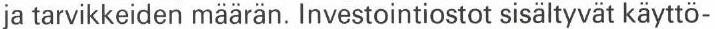
ja tarvikkeiden määrän. Investointiostot sisältyvät käyttö-